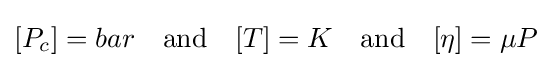
[P_{c}]=bar\quad {\text{and}}\quad [T]=K\quad {\text{and}}\quad [\eta ]=\mu P